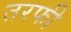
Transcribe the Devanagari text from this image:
तरफी